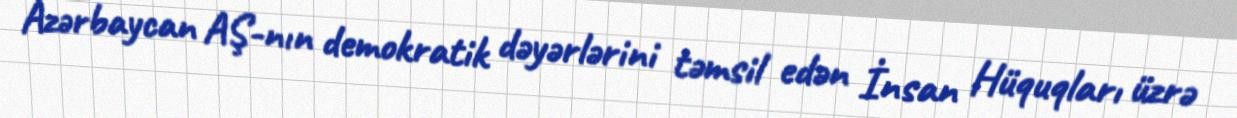
Azərbaycan AŞ-nın demokratik dəyərlərini təmsil edən İnsan Hüquqları üzrə